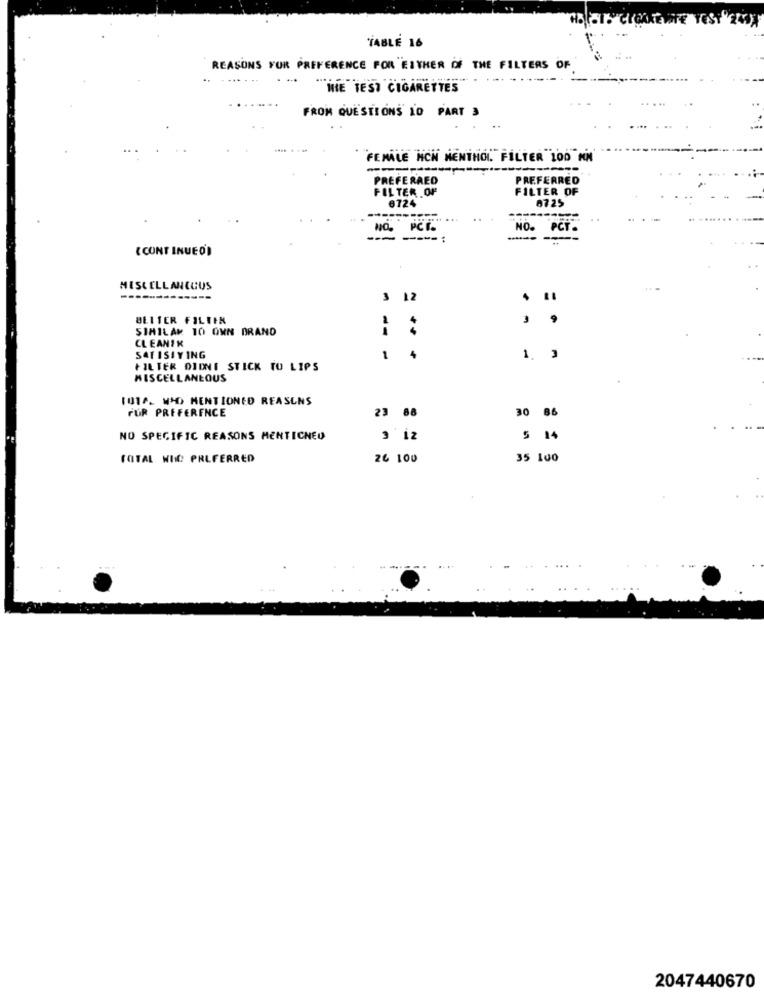
TABLE 16
REASONS FOR PREFERENCE FOR EITHER OF THE FILTERS OF
...
"THE TEST CIGARETTES"
FROM QUESTIONS TO PART 3
FEMALE HCN MENTHOL. FILTER LO0 MM
------
PREFERRED
PREFERRED
FILTER OF
FILTER OF
6724
0725
PCI.
NO.
PCT
---
---- :
( CONT INUE O)
MISCELLANEOUS
$ 12
BEITER FILTIN
.
SIMILAR 10 OWN BRAND
CLEANIK
SATISAYING
1
4
1. 3
FILTER DIDNT STICK TO LIPS
MISCELLANEOUS
101A. WAD MENTIONED REASONS
FUR PREFERENCE
23 88
30 86
NO SPECIFIC REASONS MENTICNED
3 12
5 14
TOTAL NIC: PREFERRED
26 100
35 100
2047440670